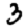
Digit: 3